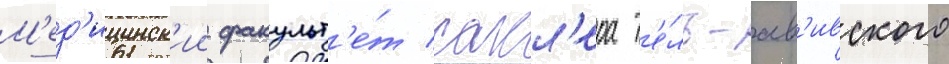
М'ед'ицинск'ии факульт'е́т сакл'ера т'е́ль-ав'ивского